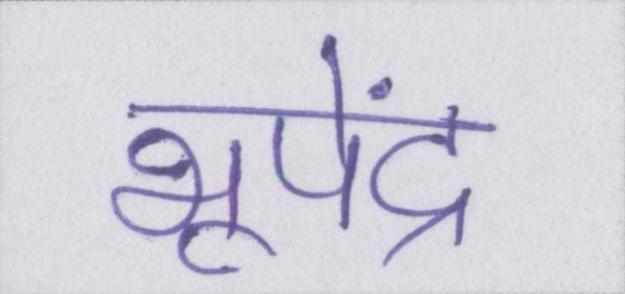
भूपेंद्र